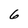
Character: 6